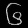
Digit: ၆